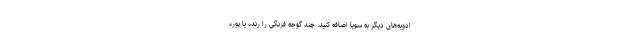
ادویه‌های دیگر به سویا اضافه کنید. چند گوجه فرنگی را رنده یا پوره